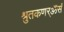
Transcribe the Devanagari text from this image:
श्रुतकणर्ॐसं